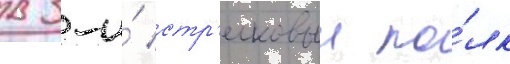
в 3-и́ стр'елковыи по́лк